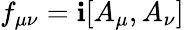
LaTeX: f_{\mu\nu}=\mathbf{i}[A_{\mu},A_{\nu}]